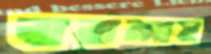
বারান্দায়